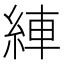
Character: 𦀺